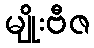
မျိုးဗီဇ